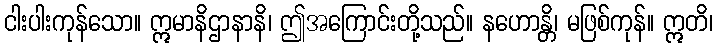
ငါးပါးကုန်သော။ ဣမာနိဌာနာနိ၊ ဤအကြောင်းတို့သည်။ နဟောန္တိ၊ မဖြစ်ကုန်။ ဣတိ၊